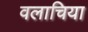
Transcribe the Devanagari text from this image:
वलाचिया